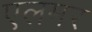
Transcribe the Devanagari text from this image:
एलमर